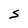
Character: S